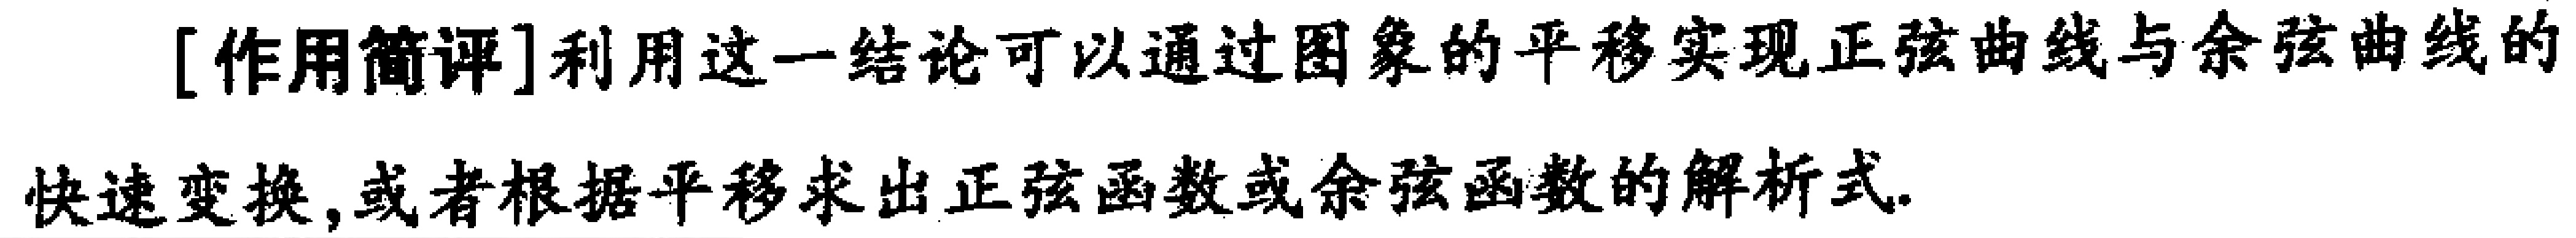
[作用简评]利用这一结论可以通过图象的平移实现正弦曲线与余弦曲线的快速变换,或者根据平移求出正弦函数或余弦函数的解析式.